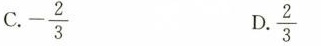
C- \frac{2}{3} D \frac{2}{3}